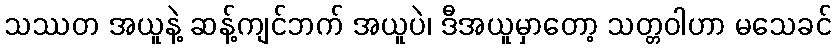
သဿတ အယူနဲ့ ဆန့်ကျင်ဘက် အယူပဲ၊ ဒီအယူမှာတော့ သတ္တဝါဟာ မသေခင်